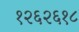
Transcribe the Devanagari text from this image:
१२६२६१८